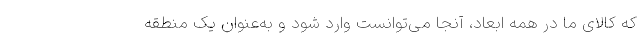
که کالای ما در همه ابعاد، آنجا می‌توانست وارد شود و به‌عنوان یک منطقه